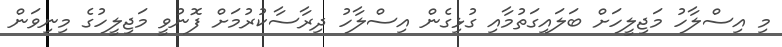
މި އިސްލާހު މަޖިލީހަށް ބަލައިގަތުމާއި ގުޅިގެން އިސްލާހު ދިރާސާކުރުމަށް ފޮނުވީ މަޖިލީހުގެ މިނިވަން